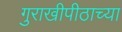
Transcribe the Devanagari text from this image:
गुराखीपीठाच्या